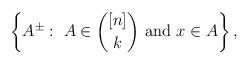
LaTeX: \begin{align*}\left\{ A^\pm :\ A\in \binom{[n]}{k} \mbox{ and } x\in A \right\},\end{align*}